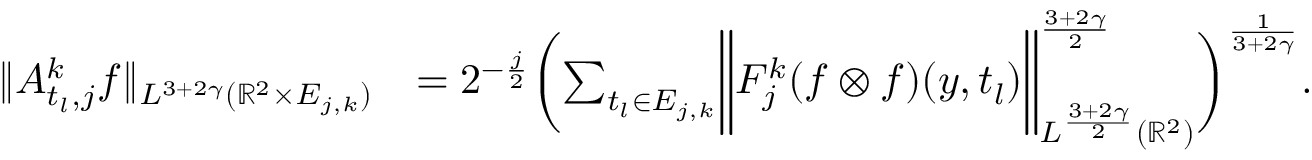
\begin{array} { r l } { \| A _ { t _ { l } , j } ^ { k } f \| _ { L ^ { 3 + 2 \gamma } ( { \mathbb { R } } ^ { 2 } \times E _ { j , k } ) } } & { = 2 ^ { - \frac { j } { 2 } } \biggl ( \sum _ { t _ { l } \in E _ { j , k } } \biggl \| F _ { j } ^ { k } ( f \otimes f ) ( y , t _ { l } ) \biggl \| _ { L ^ { \frac { 3 + 2 \gamma } { 2 } } ( { \mathbb { R } } ^ { 2 } ) } ^ { \frac { 3 + 2 \gamma } { 2 } } \biggl ) ^ { \frac { 1 } { 3 + 2 \gamma } } . } \end{array}